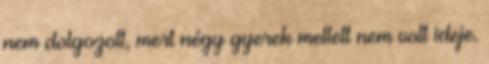
nem dolgozott, mert négy gyerek mellett nem volt ideje.